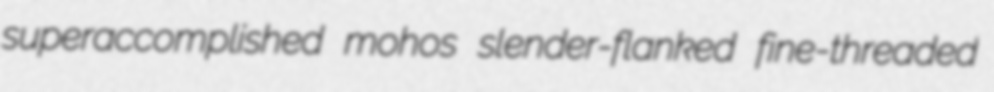
superaccomplished mohos slender-flanked fine-threaded